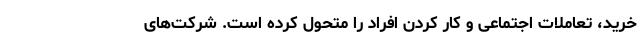
خرید، تعاملات اجتماعی و کار کردن افراد را متحول کرده است. شرکت‌های